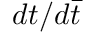
d t / d { \bar { t } }